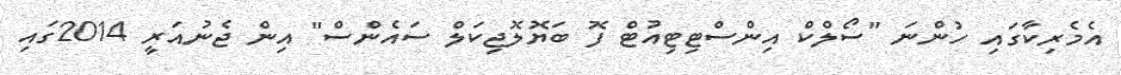
އެމެރިކާގައި ހުންނަ "ސޯލްކް އިންސްޓިޓިއުޓް ފޮ ބަޔޮލޮޖިކަލް ސައެންސް" އިން ޖެނުއަރީ 2014ގައި